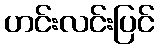
ဟင်းလင်းပြင်